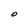
Character: O